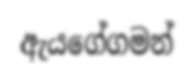
ඇයගේගමන්